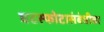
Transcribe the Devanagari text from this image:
घटस्फोटासंबंधीचा